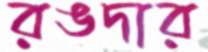
রঙদার